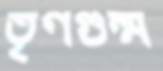
তৃণগুল্ম